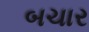
બચાર